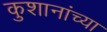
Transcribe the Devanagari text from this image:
कुशानांच्या